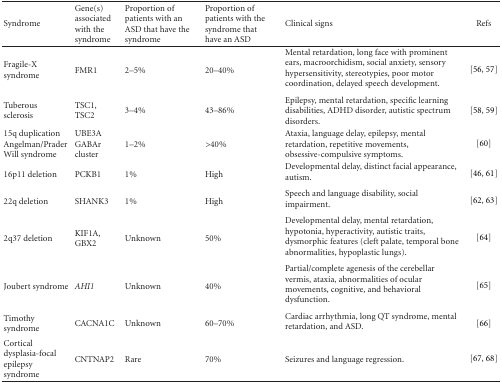
<table><thead><tr><td><b>Syndrome</b></td><td><b>Gene(s) associated with the syndrome</b></td><td><b>Proportion of patients with an ASD that have the syndrome</b></td><td><b>Proportion of patients with the syndrome that have an ASD</b></td><td><b>Clinical signs</b></td><td><b>Refs</b></td></tr></thead><tbody><tr><td>Fragile-X syndrome</td><td>FMR1</td><td>2–5%</td><td>20–40%</td><td>Mental retardation, long face with prominent ears, macroorchidism, social anxiety, sensory hypersensitivity, stereotypies, poor motor coordination, delayed speech development. </td><td>[56, 57]</td></tr><tr><td>Tuberous sclerosis</td><td>TSC1, TSC2</td><td>3–4%</td><td>43–86%</td><td>Epilepsy, mental retardation, specific learning disabilities, ADHD disorder, autistic spectrum disorders.</td><td>[58, 59]</td></tr><tr><td>15q duplication Angelman/Prader Will syndrome</td><td>UBE3A GABAr cluster</td><td>1–2%</td><td> &gt;40%</td><td>Ataxia, language delay, epilepsy, mental retardation, repetitive movements, obsessive-compulsive symptoms.</td><td>[60]</td></tr><tr><td>16p11 deletion</td><td>PCKB1</td><td>1%</td><td>High</td><td>Developmental delay, distinct facial appearance, autism. </td><td>[46, 61]</td></tr><tr><td>22q deletion</td><td>SHANK3</td><td>1%</td><td>High</td><td>Speech and language disability, social impairment. </td><td>[62, 63]</td></tr><tr><td>2q37 deletion</td><td>KIF1A, GBX2</td><td>Unknown</td><td>50%</td><td>Developmental delay, mental retardation, hypotonia, hyperactivity, autistic traits, dysmorphic features (cleft palate, temporal bone abnormalities, hypoplastic lungs). </td><td>[64]</td></tr><tr><td>Joubert syndrome</td><td><i>AHI1</i></td><td>Unknown</td><td>40%</td><td>Partial/complete agenesis of the cerebellar vermis, ataxia, abnormalities of ocular movements, cognitive, and behavioral dysfunction. </td><td>[65]</td></tr><tr><td>Timothy syndrome</td><td>CACNA1C</td><td>Unknown</td><td>60–70%</td><td>Cardiac arrhythmia, long QT syndrome, mental retardation, and ASD. </td><td>[66]</td></tr><tr><td>Cortical dysplasia-focal epilepsy syndrome</td><td>CNTNAP2</td><td>Rare</td><td>70%</td><td>Seizures and language regression.</td><td>[67, 68]</td></tr></tbody></table>